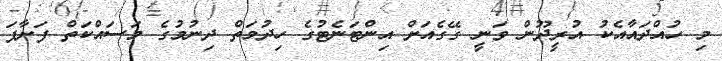
މި ހުއްދައާއެކު އުރީދޫން ވަނީ ގޭގެއަށް އިންޓަނެޓުގެ ހިދުމަތް ދިނުމުގެ މަސައްކަތް ފަށާފަ